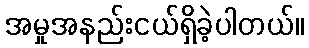
အမှုအနည်းငယ်ရှိခဲ့ပါတယ်။